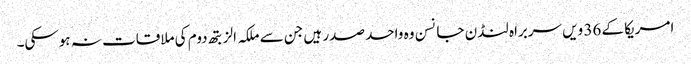
امریکا کے 36 ویں سربراہ لنڈن جانسن وہ واحد صدر ہیں جن سے ملکہ الزبتھ دوم کی ملاقات نہ ہوسکی۔